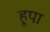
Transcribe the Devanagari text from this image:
हूपा